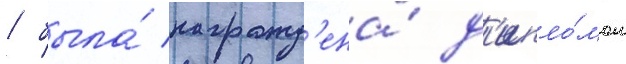
/ была́ награжд'ена́ д'ипло́мом